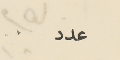
عدد